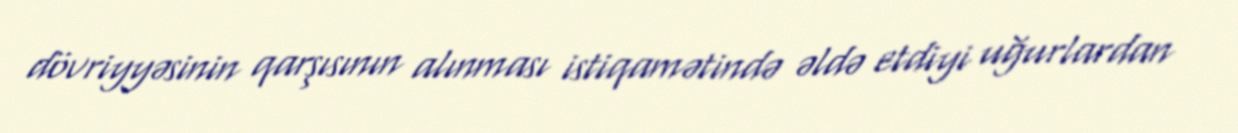
dövriyyəsinin qarşısının alınması istiqamətində əldə etdiyi uğurlardan